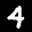
Label: 4